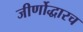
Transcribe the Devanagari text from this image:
जीर्णोद्धारच